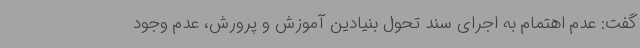
گفت: عدم اهتمام به اجرای سند تحول بنیادین آموزش و پرورش، عدم وجود